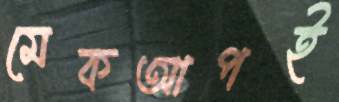
মেকআপই